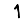
Digit: 1